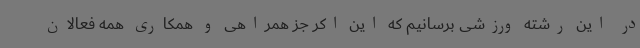
در این رشته ورزشی برسانیم که این اکر جز همراهی و همکاری همه فعالان